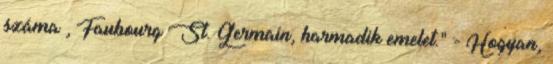
száma , Faubourg St. Germain, harmadik emelet." - Hogyan,